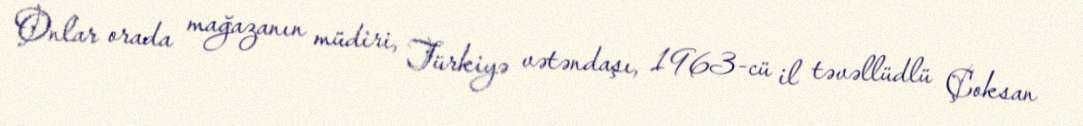
Onlar orada mağazanın müdiri, Türkiyə vətəndaşı, 1963-cü il təvəllüdlü Çoksan